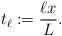
LaTeX: \begin{align*}t_{\ell}:=\frac{\ell x}{L}.\end{align*}